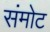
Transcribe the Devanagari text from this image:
संमोट